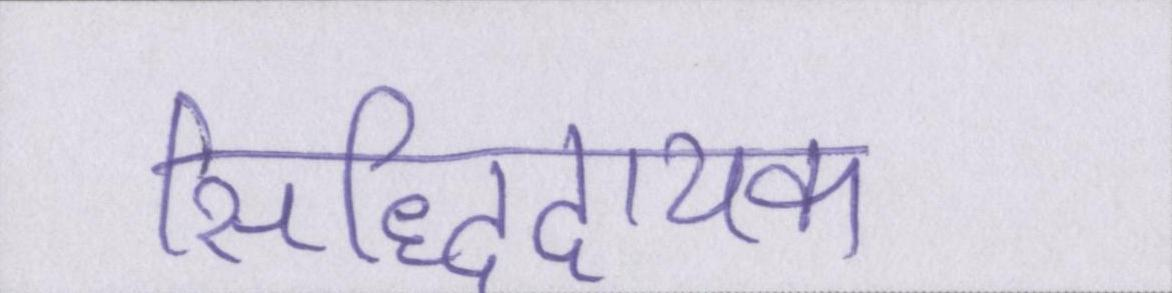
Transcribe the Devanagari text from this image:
सिद्धिदायक